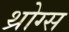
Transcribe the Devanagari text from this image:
थ्रोग्स